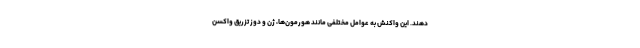
‌دهند. این واکنش به عوامل مختلفی مانند هورمون‌ها، ژن و دوز تزریق واکسن